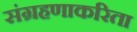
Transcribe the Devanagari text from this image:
संग्रहणाकरिता